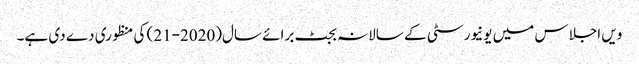
ویں اجلاس میں یونیورسٹی کے سالانہ بجٹ برائے سال(2020-21) کی منظوری دے دی ہے۔